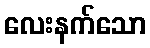
လေးနက်သော